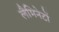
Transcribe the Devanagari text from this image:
लैमिनेटों